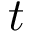
t